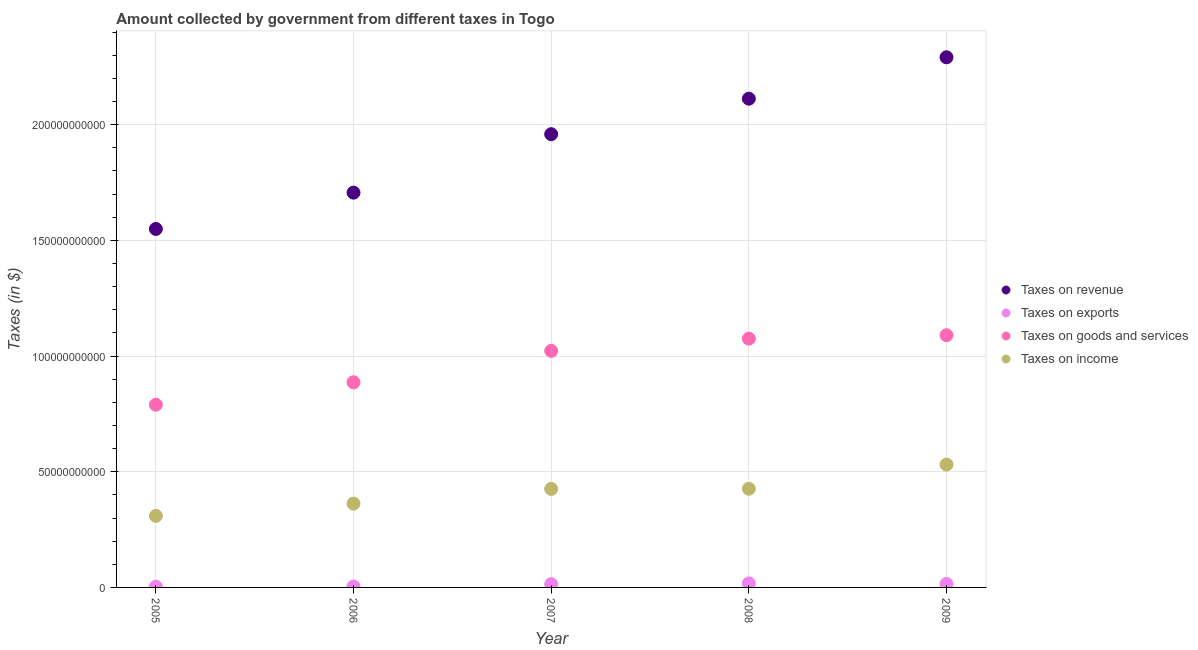
| Year | Taxes on revenue | Taxes on exports | Taxes on goods and services | Taxes on income |
 | --- | --- | --- | --- | --- |
 | 2005 | 1.55e+11 | 3.14e+08 | 7.9e+10 | 3.09e+10 |
 | 2006 | 1.71e+11 | 3.91e+08 | 8.86e+10 | 3.62e+10 |
 | 2007 | 1.96e+11 | 1.43e+09 | 1.02e+11 | 4.26e+10 |
 | 2008 | 2.11e+11 | 1.76e+09 | 1.08e+11 | 4.26e+10 |
 | 2009 | 2.29e+11 | 1.51e+09 | 1.09e+11 | 5.31e+10 |